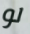
لو